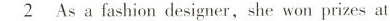
\underline{2} As a fashion designer, she won prizes at